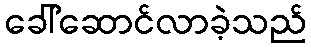
ခေါ်ဆောင်လာခဲ့သည်